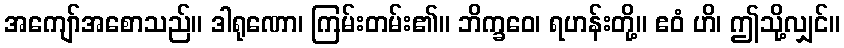
အကျော်အစောသည်။ ဒါရုဏော၊ ကြမ်းတမ်း၏။ ဘိက္ခဝေ၊ ရဟန်းတို့။ ဧဝံ ဟိ၊ ဤသို့လျှင်။